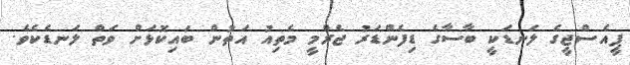
ޕީއެސްޖީގެ ލަނޑަކީ ބާސާގެ ޑިފެންޑަރު ޖެރްމީ މެތިއު އަތުން ބައިކޮޅަށް ވަތް ލަނޑެކެވެ.